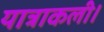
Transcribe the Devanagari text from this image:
यात्राकली।